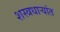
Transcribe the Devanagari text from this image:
शस्त्रधार्‍यांत